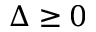
\Delta \geq 0